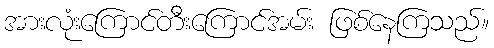
အားလုံးကြောင်တီးကြောင်အမ်း ဖြစ်နေကြသည်။